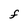
Character: F